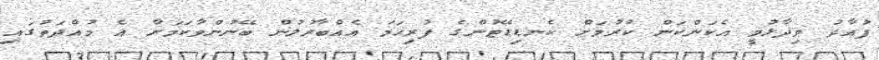
ފުއާދު ވިދާޅުވީ އެކަންކަން ކުރުމަށް ކެނޑިޑޭޓުންގެ ފުރިހަމަ އެއްބާރުލުން ބޭނުންވާކަމަށާ އެ މުއްދަތުގައި